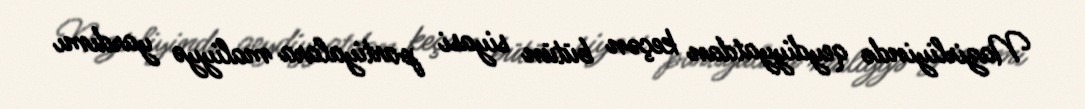
Nazirliyində qeydiyyatdan keçən bütün siyasi partiyalara maliyyə yardımı